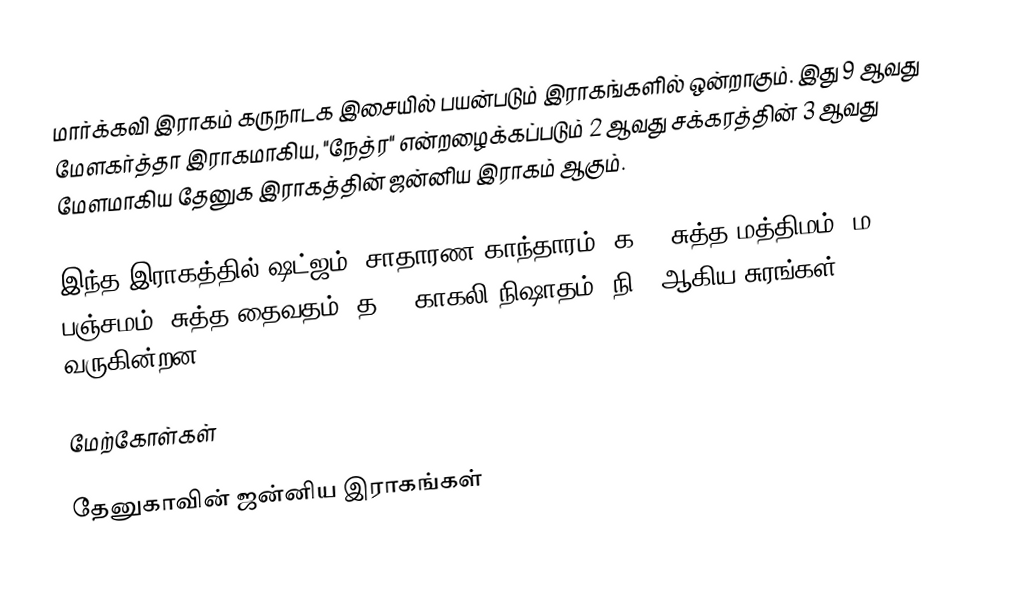
மார்க்கவி இராகம் கருநாடக இசையில் பயன்படும் இராகங்களில் ஒன்றாகும். இது 9 ஆவது மேளகர்த்தா இராகமாகிய, "நேத்ர" என்றழைக்கப்படும் 2 ஆவது சக்கரத்தின் 3 ஆவது மேளமாகிய தேனுக இராகத்தின் ஜன்னிய இராகம் ஆகும்.

இந்த இராகத்தில் ஷட்ஜம், சாதாரண காந்தாரம் (க2), சுத்த மத்திமம் (ம1), பஞ்சமம், சுத்த தைவதம் (த1), காகலி நிஷாதம் (நி3) ஆகிய சுரங்கள் வருகின்றன.

மேற்கோள்கள்

தேனுகாவின் ஜன்னிய இராகங்கள்